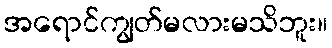
အရောင်ကျွတ်မလားမသိဘူး။